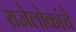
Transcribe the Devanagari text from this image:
राजेलोकांचे